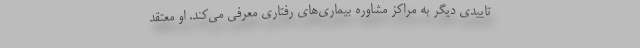
تاییدی دیگر به مراکز مشاوره بیماری‌های رفتاری معرفی می‌کند. او معتقد